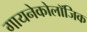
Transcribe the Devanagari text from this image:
गायनेकोलॉजिक